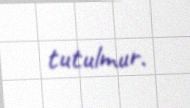
tutulmur.